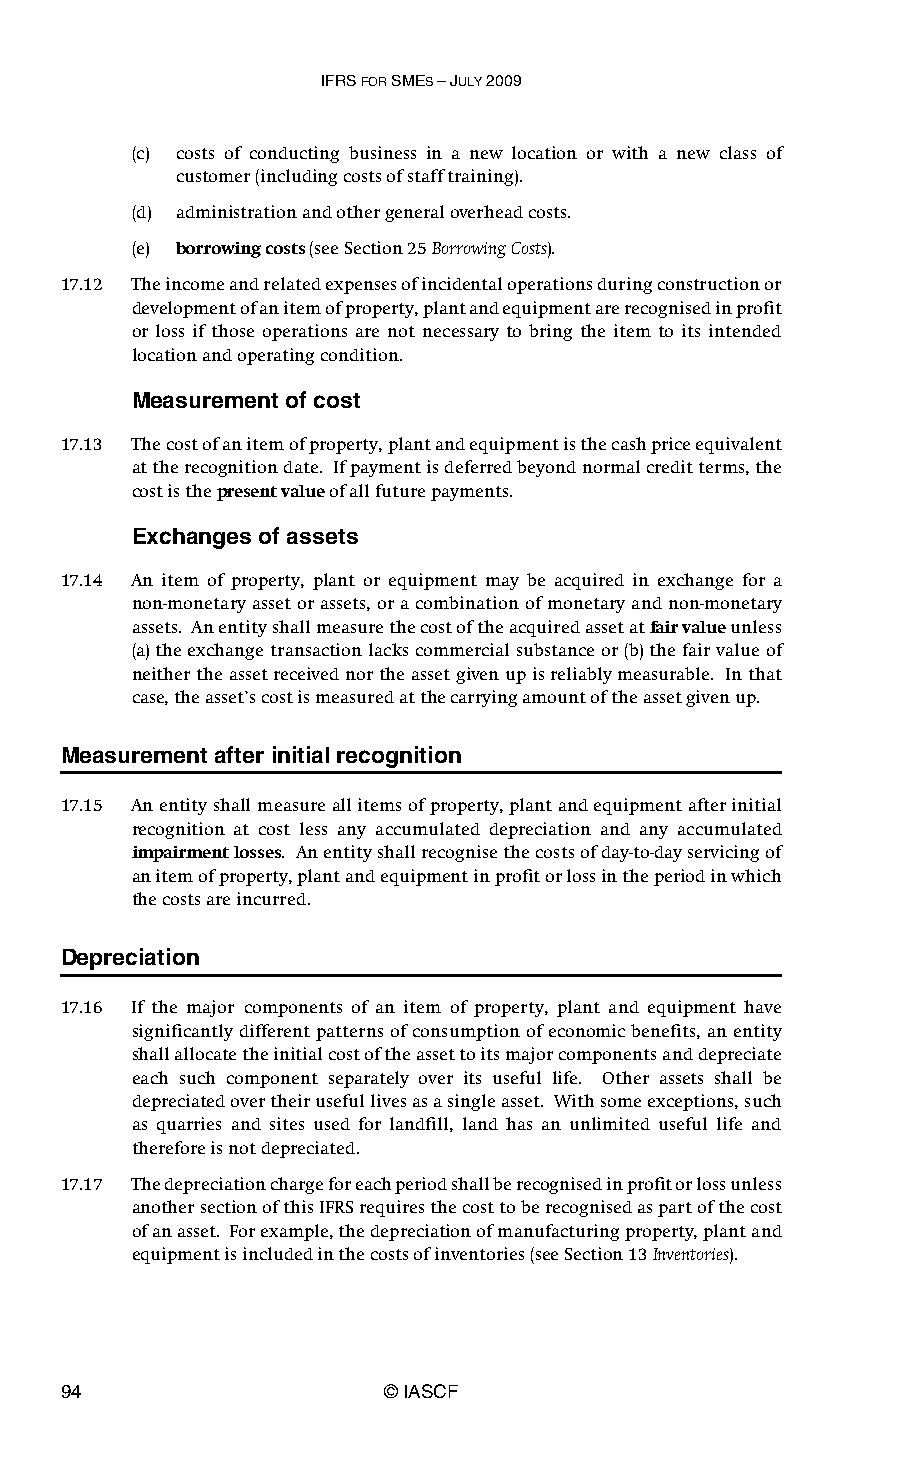
IFRS FOR SMES – JULY 2009
 (c) costs of conducting business in a new location or with a new class of
 customer (including costs of staff training).
 (d) administration and other general overhead costs.
 (e) borrowing costs (see Section 25 Borrowing Costs).
 17.12 The income and related expenses of incidental operations during construction or
 development of an item of property, plant and equipment are recognised in profit
 or loss if those operations are not necessary to bring the item to its intended
 location and operating condition.
 Measurement of cost
 17.13 The cost of an item of property, plant and equipment is the cash price equivalent
 at the recognition date. If payment is deferred beyond normal credit terms, the
 cost is the present value of all future payments.
 Exchanges of assets
 17.14 An item of property, plant or equipment may be acquired in exchange for a
 non-monetary asset or assets, or a combination of monetary and non-monetary
 assets. An entity shall measure the cost of the acquired asset at fair value unless
 (a) the exchange transaction lacks commercial substance or (b) the fair value of
 neither the asset received nor the asset given up is reliably measurable. In that
 case, the asset’s cost is measured at the carrying amount of the asset given up.
 Measurement after initial recognition
 17.15 An entity shall measure all items of property, plant and equipment after initial
 recognition at cost less any accumulated depreciation and any accumulated
 impairment losses. An entity shall recognise the costs of day-to-day servicing of
 an item of property, plant and equipment in profit or loss in the period in which
 the costs are incurred.
 Depreciation
 17.16 If the major components of an item of property, plant and equipment have
 significantly different patterns of consumption of economic benefits, an entity
 shall allocate the initial cost of the asset to its major components and depreciate
 each such component separately over its useful life. Other assets shall be
 depreciated over their useful lives as a single asset. With some exceptions, such
 as quarries and sites used for landfill, land has an unlimited useful life and
 therefore is not depreciated.
 17.17 The depreciation charge for each period shall be recognised in profit or loss unless
 another section of this IFRS requires the cost to be recognised as part of the cost
 of an asset. For example, the depreciation of manufacturing property, plant and
 equipment is included in the costs of inventories (see Section 13 Inventories).
 94                    © IASCF